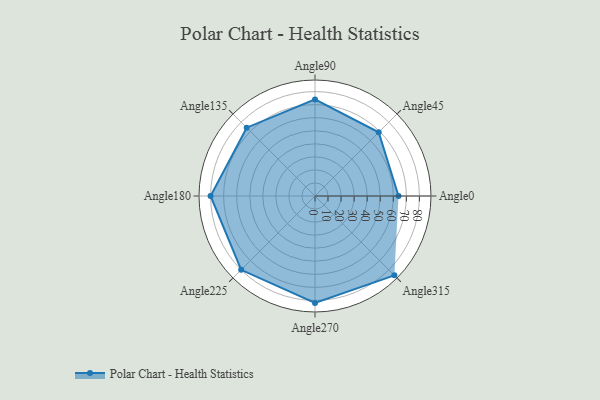
{"axis": {"x": "Angle", "y": "Radius"}, "legend": [""], "data": [{"x": "Angle0", "y": 64.0, "type": ""}, {"x": "Angle45", "y": 69.0, "type": ""}, {"x": "Angle90", "y": 74.0, "type": ""}, {"x": "Angle135", "y": 74.0, "type": ""}, {"x": "Angle180", "y": 80.0, "type": ""}, {"x": "Angle225", "y": 80.0, "type": ""}, {"x": "Angle270", "y": 82.0, "type": ""}, {"x": "Angle315", "y": 86.0, "type": ""}]}